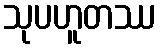
သုပဟူတဿ